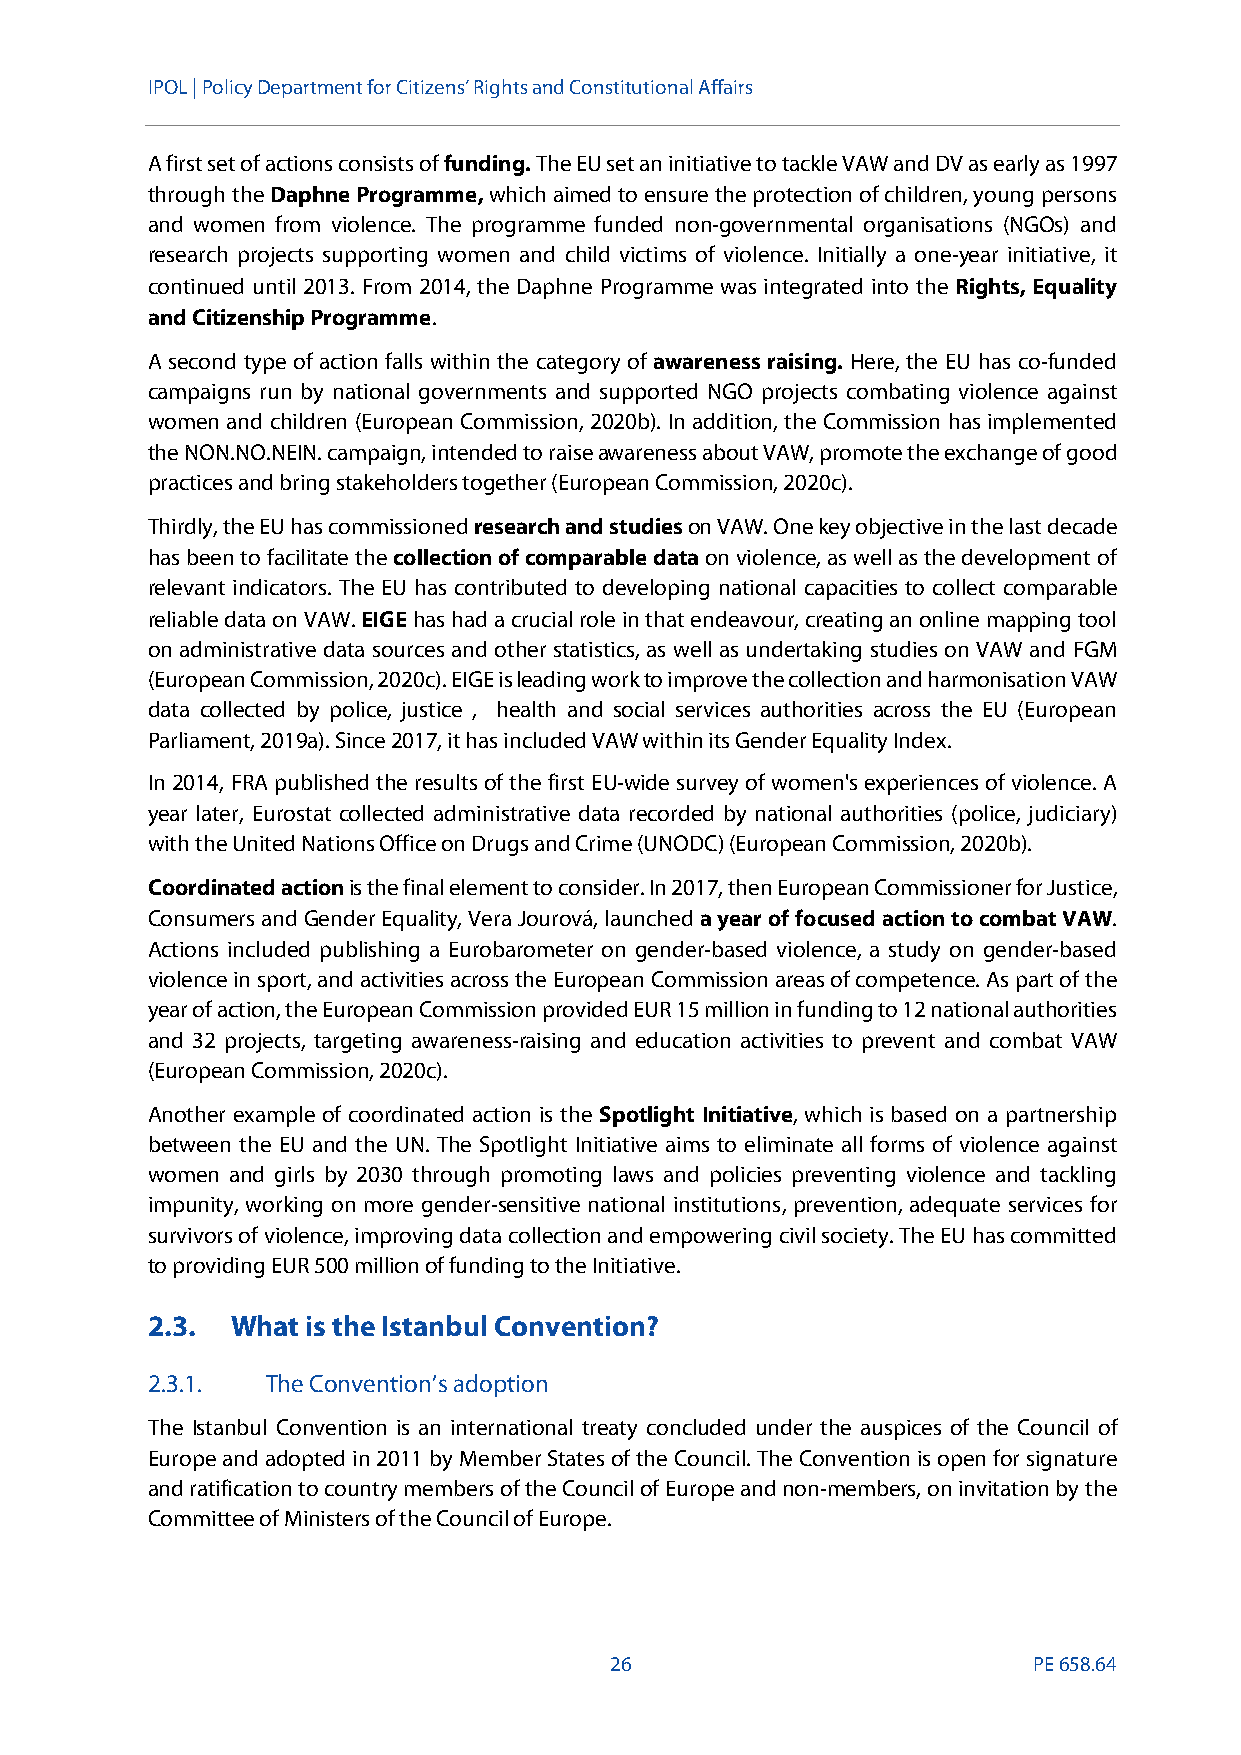
IPOL |Policy Department for Citizens’ Rights and Constitutional Affairs
 A first set of actions consists offunding.The EU set an initiative to tackle VAW and DV as early as 1997
 through theDaphne Programme,which aimed to ensure the protection of children, young persons
 and women from violence. The programme funded non-governmental organisations (NGOs) and
 research projects supporting women and child victims of violence. Initially a one-year initiative, it
 continued until 2013. From 2014, the Daphne Programme was integrated into theRights, Equality
 and Citizenship Programme.
 A second type of action falls within the category of awareness raising. Here, the EU has co-funded
 campaigns run by national governments and supported NGO projects combating violence against
 women and children (European Commission, 2020b). In addition, the Commission has implemented
 the NON.NO.NEIN. campaign, intended to raiseawareness about VAW, promote the exchange of good
 practices and bring stakeholders together (European Commission, 2020c).
 Thirdly, the EU has commissionedresearch and studieson VAW. One key objective in the last decade
 has been to facilitate thecollection of comparable dataon violence, as well as the development of
 relevant indicators. The EU has contributed to developing national capacities to collect comparable
 reliable data on VAW.EIGEhas had a crucial role in that endeavour, creating an online mapping tool
 on administrative data sources and other statistics, as well as undertaking studies on VAW and FGM
 (European Commission, 2020c). EIGE isleading workto improve the collection and harmonisation VAW
 data collected by police, justice , health and social services authorities across the EU (European
 Parliament, 2019a). Since 2017, it has included VAW within its Gender Equality Index.
 In 2014, FRA published the results of the first EU-wide survey of women's experiences of violence. A
 year later, Eurostat collected administrative data recorded by national authorities (police, judiciary)
 with theUnited Nations Officeon Drugs and Crime(UNODC)(European Commission, 2020b).
 Coordinated actionis the final element to consider. In 2017, then European Commissioner for Justice,
 Consumers and Gender Equality, Vera Jourová, launcheda year of focused action to combat VAW.
 Actions included publishing a Eurobarometer on gender-based violence, a study on gender-based
 violence in sport, and activities across the European Commission areas of competence. As part of the
 year of action, the European Commission provided EUR 15 million in fundingto 12 national authorities
 and 32 projects, targeting awareness-raising and education activities to prevent and combat VAW
 (European Commission, 2020c).
 Another example of coordinated action is the Spotlight Initiative, which is based on a partnership
 between the EU and the UN. The Spotlight Initiative aims to eliminate all forms of violence against
 women and girls by 2030 through promoting laws and policies preventing violence and tackling
 impunity, working on more gender-sensitive national institutions, prevention, adequate services for
 survivors of violence, improving data collection and empowering civil society. The EU has committed
 to providing EUR 500 million of funding to the Initiative.
 2.3. What is the Istanbul Convention?
 2.3.1.  The Convention’s adoption
 The Istanbul Convention is an international treaty concluded under the auspices of the Council of
 Europe and adopted in 2011 by Member States of the Council. The Convention is open for signature
 and ratification to country members of the Council of Europe andnon-members, on invitation by the
 Committee of Ministers of the Council of Europe.
 26                          PE658.64